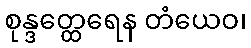
စုန္ဒတ္ထေရေန တံယေဝ၊